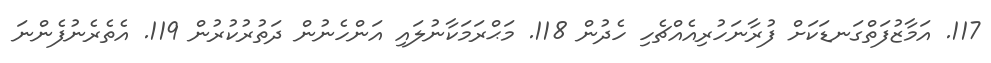
117. އަމާޒުފަތްގަނޑަކަށް ފުރާނަހުރިއެއްޗެހި ހެދުން 118. މަޙްރަމަކާނުލައި އަންހެނުން ދަތުރުކުރުން 119. އެތެރެނުފެންނަ